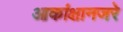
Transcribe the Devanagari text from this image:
आकांक्षानजरे